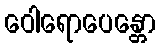
ဝေါရောပေန္တော